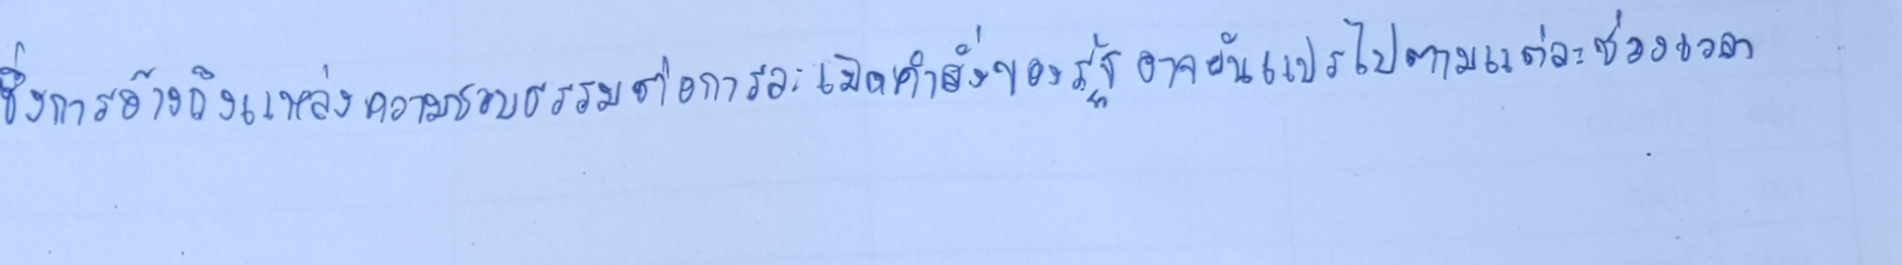
ซึ่งการอ้างถึงแหล่งความชอบธรรมต่อการละเมิดคำสั่งของรัฐอาจผันแปรไปได้ตามแต่ละช่วงเวลา